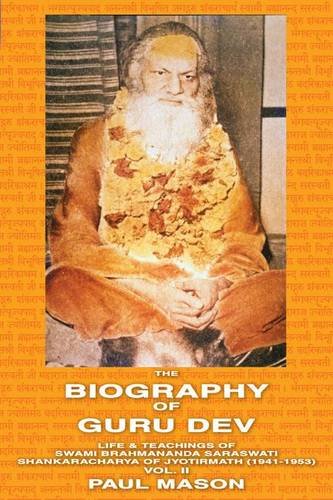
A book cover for The Biography of Guru Dev: Life & Teachings of Swami Brahmananda Saraswati Shankaracharya of Jyotirmath (1941-1953) Vol. II; Paul Mason; Religion & Spirituality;